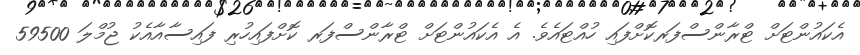
އެކައުންޓަށް ޓްރާންސްފަރކޮށްފައި ހުއްޓައެވެ. އެ އެކައުންޓަށް ޓްރާންސްފަރ ކޮށްފައިހުރި ފައިސާއާއެކު ޖުމްލަ 59500